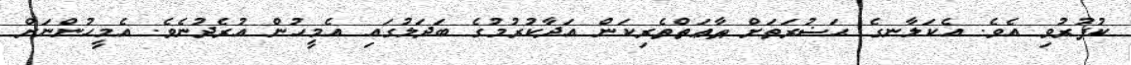
ކުފުރުވި އެވެ. އެކަލާނގެ ޙަޟުރަތަށް ޠާޢަތްތެރިކަން އަދާކުރުމުގެ ބަދަލުގައި އެމީހުން އުރެދުނެވެ. އެމީހުންނަށް